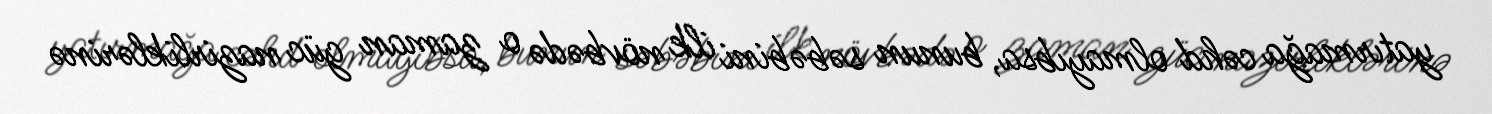
yatırmağa cəhd olmayıbsa, bunun səbəbini ilk növbədə o zaman güc nazirliklərinə